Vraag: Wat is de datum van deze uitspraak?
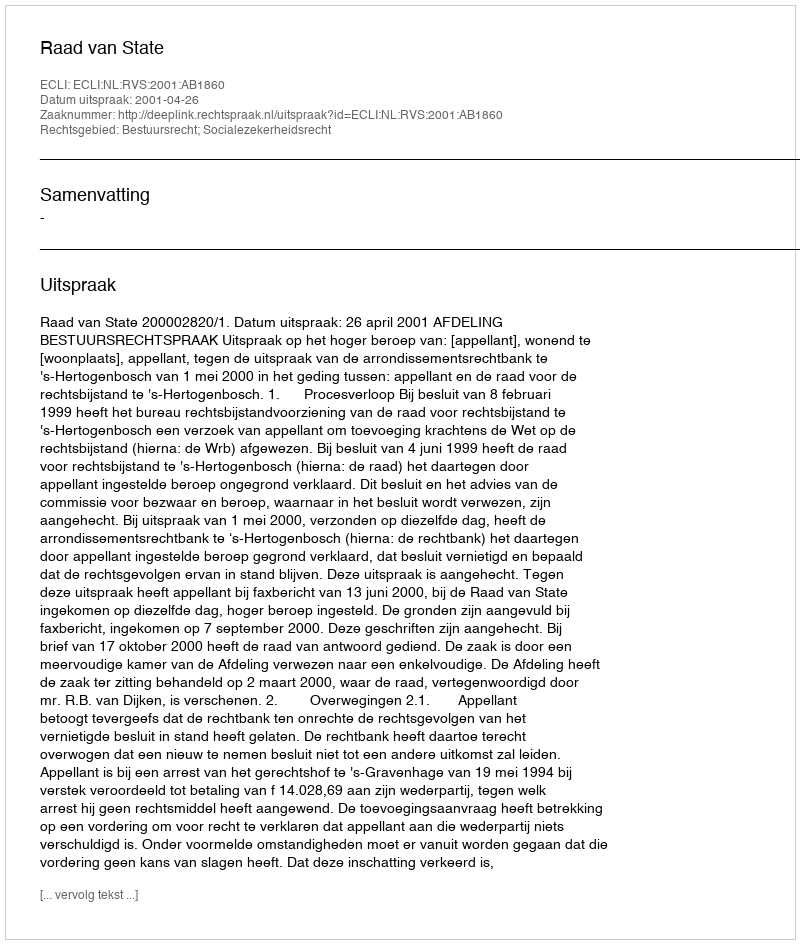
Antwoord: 2001-04-26